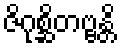
ဇိဂုစ္ဆိတဗ္ဗန္တိ